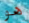
هو